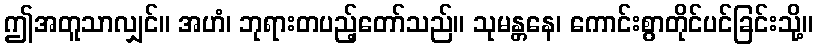
ဤအတူသာလျှင်။ အဟံ၊ ဘုရားတပည့်တော်သည်။ သုမန္တနေ၊ ကောင်းစွာတိုင်ပင်ခြင်းသို့။